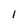
Character: I